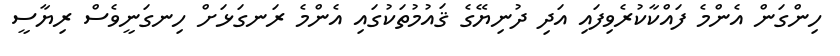
ހިންގަން އެންމެ ފައްކާކުރެވިފައި އަދި ދުނިޔޭގެ ޤައުމުތަކުގައި އެންމެ ރަނގަޅަށް ހިނގަނީވެސް ރިޔާސީ